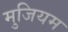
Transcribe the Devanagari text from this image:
मुजियम